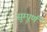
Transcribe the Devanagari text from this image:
सुम्पूर्ण